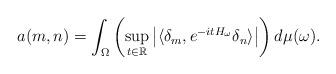
LaTeX: \begin{align*}a(m,n)=\int_\Omega \left(\sup_{t\in\mathbb{R}}\left|\langle{\delta_m,e^{-itH_\omega}\delta_n\rangle}\right|\right)d\mu(\omega).\end{align*}